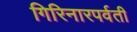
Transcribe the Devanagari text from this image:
गिरिनारपर्वती